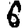
Digit: 6